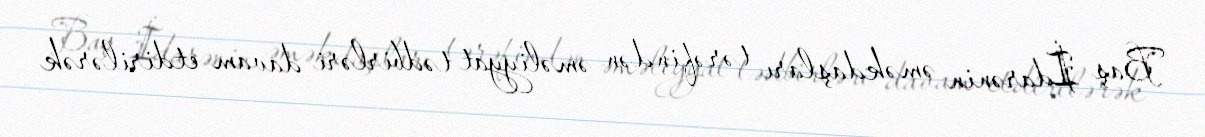
Baş İdarənin əməkdaşları tərəfindən əməliyyat tədbirləri davam etdirilərək